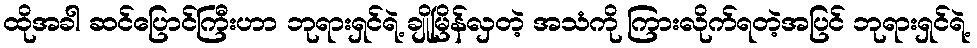
ထိုအခါ ဆင်ပြောင်ကြီးဟာ ဘုရားရှင်ရဲ့ ချိုမြိန်လှတဲ့ အသံကို ကြားလိုက်ရတဲ့အပြင် ဘုရားရှင်ရဲ့